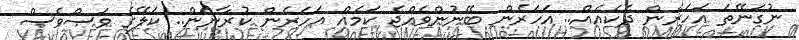
ނުގަނޭތަ އަހަރެން ދެކެއެއް.. އަހަރެން ބޭނުންވެއްޖެ ކަމެއް އަހަރެން ކުރާނަން.. ކަލޭގެ ވަސްވެސް